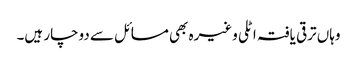
وہاں ترقی یافتہ اٹلی وغیرہ بھی مسائل سے دوچار ہیں۔